Civil Veterinary Department. Madras. Admin. report 1926-33 - 1926-1933
Year: 1926
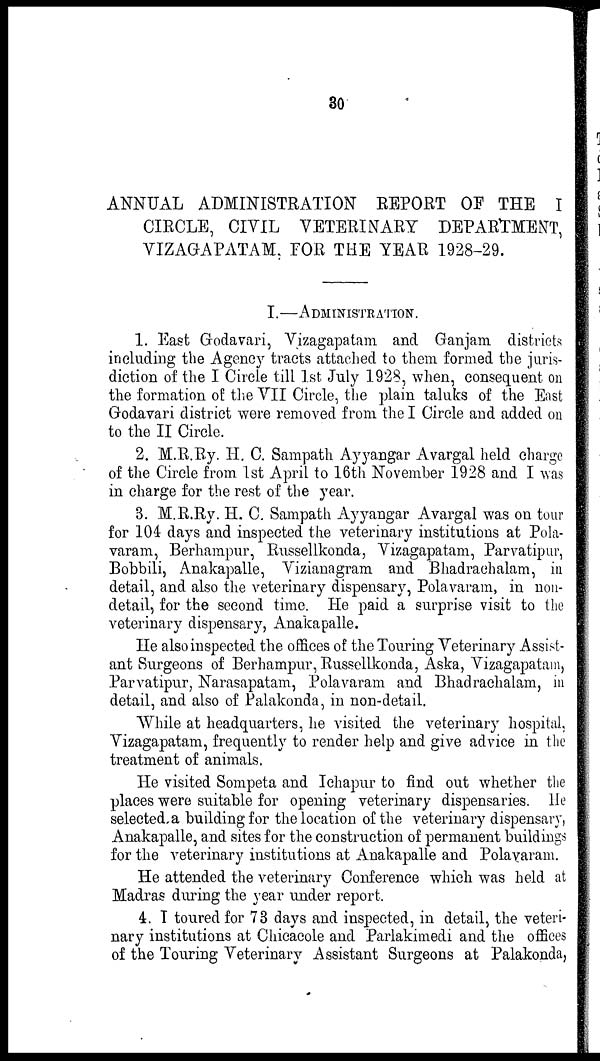
30
ANNUAL ADMINISTRATION REPORT OF THE I
CIRCLE, CIVIL VETERINARY DEPARTMENT,
VIZAGAPATAM, FOR THE YEAR 1928-29.
I.—ADMINISTRATION.
1. East Godavari, Vizagapatam and Ganjam districts
including the Agency tracts attached to them formed the juris-
diction of the I Circle till 1st July 1928, when, consequent on
the formation of the VII Circle, the plain taluks of the East
Godavari district were removed from the I Circle and added on
to the II Circle.
2. M.R.Ry. H. C. Sampath Ayyangar Avargal held charge
of the Circle from 1st April to 16th November 1928 and I was
in charge for the rest of the year.
3. M.R.Ry. H. C. Sampath Ayyangar Avargal was on tour
for 104 days and inspected the veterinary institutions at Pola-
varam, Berhampur, Russellkonda, Vizagapatam, Parvatipur,
Bobbili, Anakapalle, Vizianagram and Bhadrachalam, in
detail, and also the veterinary dispensary, Polavaram, in non-
detail, for the second time. He paid a surprise visit to the
veterinary dispensary, Anakapalle.
He also inspected the offices of the Touring Veterinary Assist-
ant Surgeons of Berhampur, Russellkonda, Aska, Vizagapatam,
Parvatipur, Narasapatam, Polavaram and Bhadrachalam, in
detail, and also of Palakonda, in non-detail.
While at headquarters, he visited the veterinary hospital,
Vizagapatam, frequently to render help and give advice in the
treatment of animals.
He visited Sompeta and Ichapur to find out whether the
places were suitable for opening veterinary dispensaries. He
selected a building for the location of the veterinary dispensary,
Anakapalle, and sites for the construction of permanent buildings
for the veterinary institutions at Anakapalle and Polavaram.
He attended the veterinary Conference which was held at
Madras during the year under report.
4. I toured for 73 days and inspected, in detail, the veteri-
nary institutions at Chicacole and Parlakimedi and the offices
of the Touring Veterinary Assistant Surgeons at Palakonda,